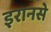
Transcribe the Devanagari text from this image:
इरानसे